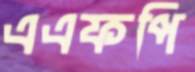
এএফপি